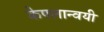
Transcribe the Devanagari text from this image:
केपलान्वयी